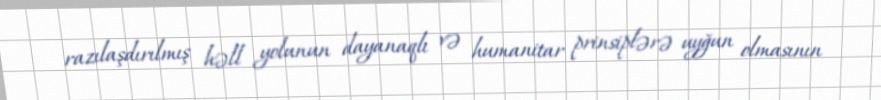
razılaşdırılmış həll yolunun dayanaqlı və humanitar prinsiplərə uyğun olmasının